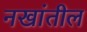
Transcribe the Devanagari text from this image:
नखांतील